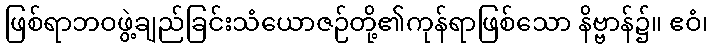
ဖြစ်ရာဘဝဖွဲ့ချည်ခြင်းသံယောဇဉ်တို့၏ကုန်ရာဖြစ်သော နိဗ္ဗာန်၌။ ဧဝံ၊